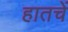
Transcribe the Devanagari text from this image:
हातचें